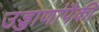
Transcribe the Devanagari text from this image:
उड्डाणांपैकी